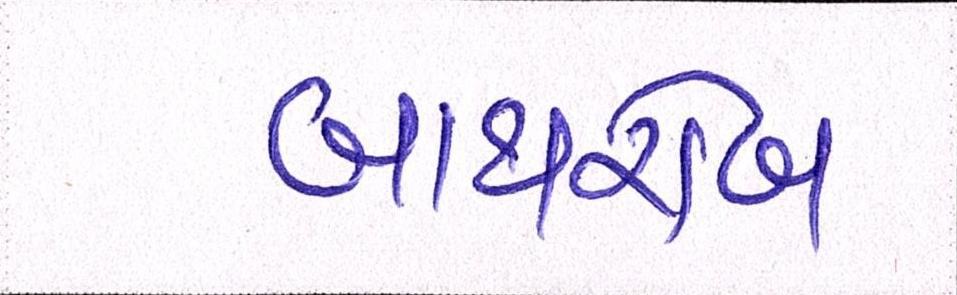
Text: બાથરોબ